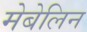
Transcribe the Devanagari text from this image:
मेबेलिन